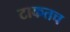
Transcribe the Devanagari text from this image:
टाकतच